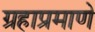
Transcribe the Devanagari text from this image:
ग्रहाप्रमाणे